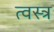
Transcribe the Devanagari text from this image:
त्वस्त्र